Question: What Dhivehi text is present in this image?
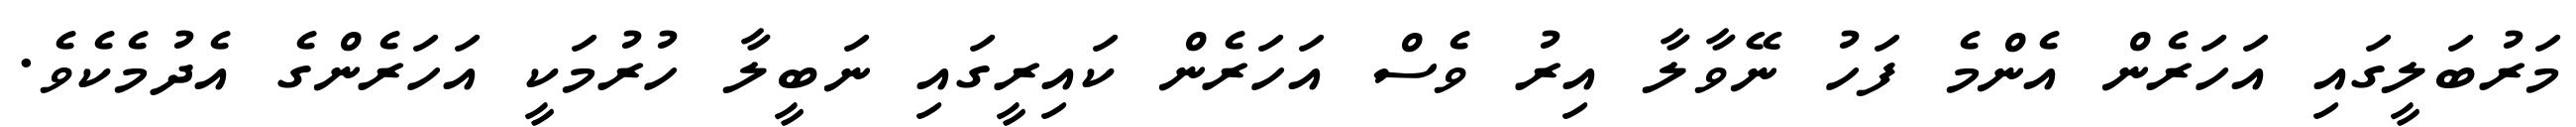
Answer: މަރުބަލީގައި އަހަރެން އެންމެ ފަހު ނޭވާލާ އިރު ވެސް އަހަރެން ކައިރީގައި ނަބީލާ ހުރުމަކީ އަހަރެންގެ އެދުމެކެވެ.